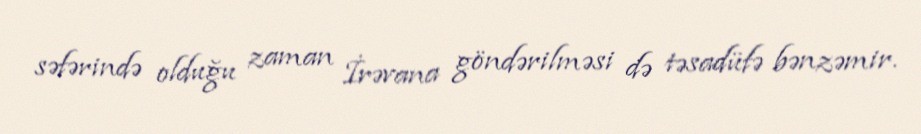
səfərində olduğu zaman İrəvana göndərilməsi də təsadüfə bənzəmir.